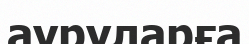
ауруларға